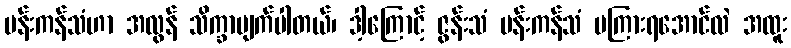
ပန်းကန်သံဟာ အလွန် သိက္ခာပျက်ပါတယ်၊ ဒါ့ကြောင့် ဇွန်းသံ ပန်းကန်သံ မကြားရအောင်လဲ အထူး